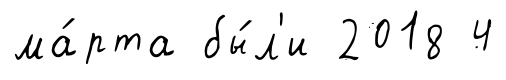
ма́рта бы́л'и 2018 4